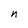
Character: n